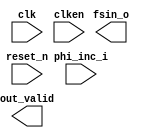

module carrier (
	clk,
	reset_n,
	clken,
	phi_inc_i,
	fsin_o,
	out_valid);	

	input		clk;
	input		reset_n;
	input		clken;
	input	[31:0]	phi_inc_i;
	output	[13:0]	fsin_o;
	output		out_valid;
endmodule